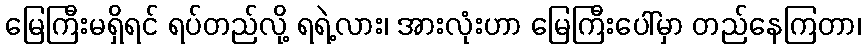
မြေကြီးမရှိရင် ရပ်တည်လို့ ရရဲ့လား၊ အားလုံးဟာ မြေကြီးပေါ်မှာ တည်နေကြတာ၊